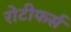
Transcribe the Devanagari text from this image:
रोटीफर्स